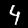
Label: 4